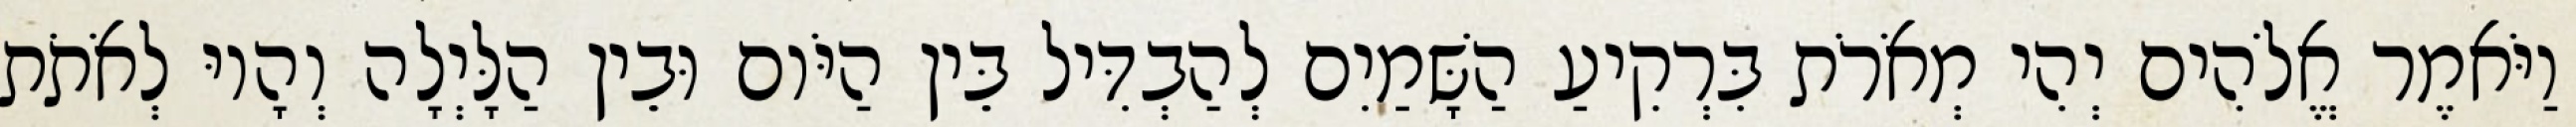
וַיֹּאמֶר אֱלֹהִים יְהִי מְאֹרֹת בִּרְקִיעַ הַשָּׁמַיִם לְהַבְדִּיל בֵּין הַיֹּום וּבֵין הַלָּיְלָה וְהָיוּ לְאֹתֹת